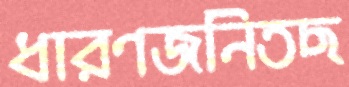
ধারণজনিতছ